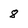
Character: 8